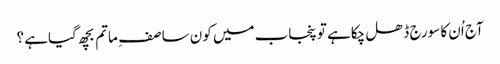
آج اُن کا سورج ڈھل چکاہے تو پنجاب میں کون سا صف ِ ماتم بچھ گیاہے ؟